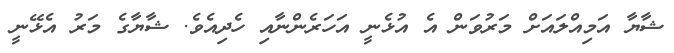
ޝާޔާ އަމިއްލައަށް މަރުވަން އެ އުޅެނީ އަހަރެންނާއި ހެދިއެވެ. ޝާޔާގެ މަރު އެޅޭނީ